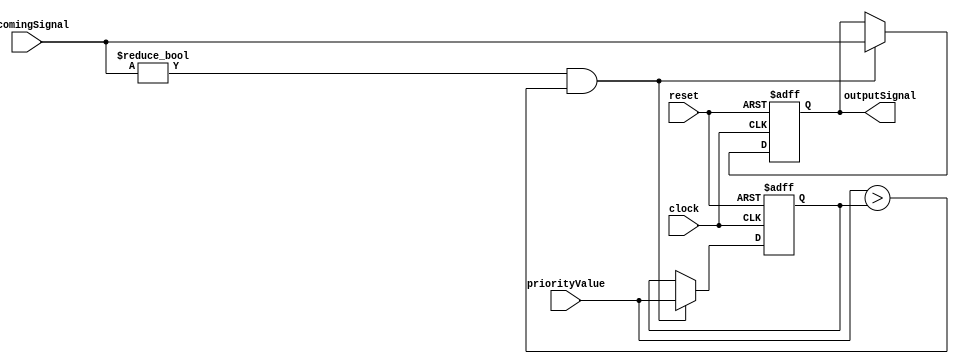
module PriorityBypassReg (
    input wire [7:0] incomingSignal,
    input wire [7:0] priorityValue,
    input wire clock,
    input wire reset,
    output reg [7:0] outputSignal
);

reg [7:0] regValue;

always @(posedge clock or posedge reset) begin
    if (reset) begin
        regValue <= 8'b0;
        outputSignal <= 8'b0;
    end else begin
        if (incomingSignal != 8'b0 && priorityValue > regValue) begin
            regValue <= priorityValue;
            outputSignal <= incomingSignal;
        end
    end
end

endmodule